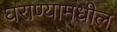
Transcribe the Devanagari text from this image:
घराण्यामधील